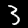
Digit: 3